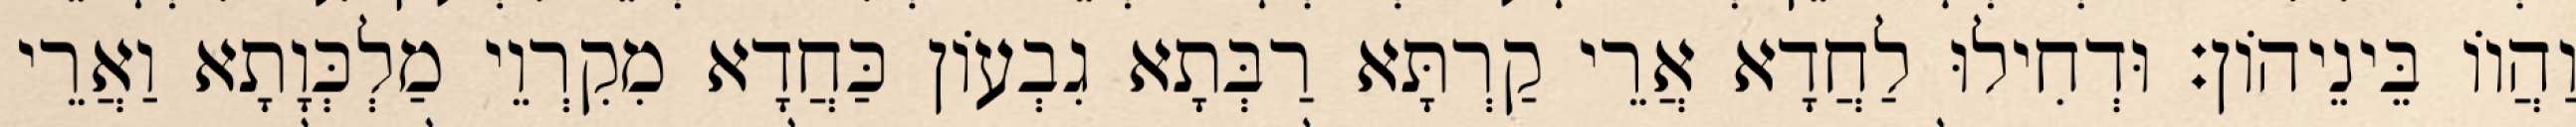
וַהֲווֹ בֵּינֵיהוֹן׃ וּדְחִילוּ לַחֲדָא אֲרֵי קַרְתָּא רַבְּתָא גִבְעוֹן כַּחֲדָא מִקִרְוֵי מַלְכְּוָתָא וַאֲרֵי